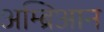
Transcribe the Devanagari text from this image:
अम्ब्रिआन